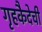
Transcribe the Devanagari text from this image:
गृहकैदेची